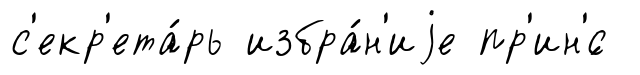
с'екр'ета́рь избра́н'иjе пр'ин'́с